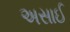
અસાઈ